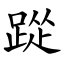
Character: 踨